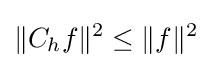
\|C_{h}f\|^{2}\leq \|f\|^{2}